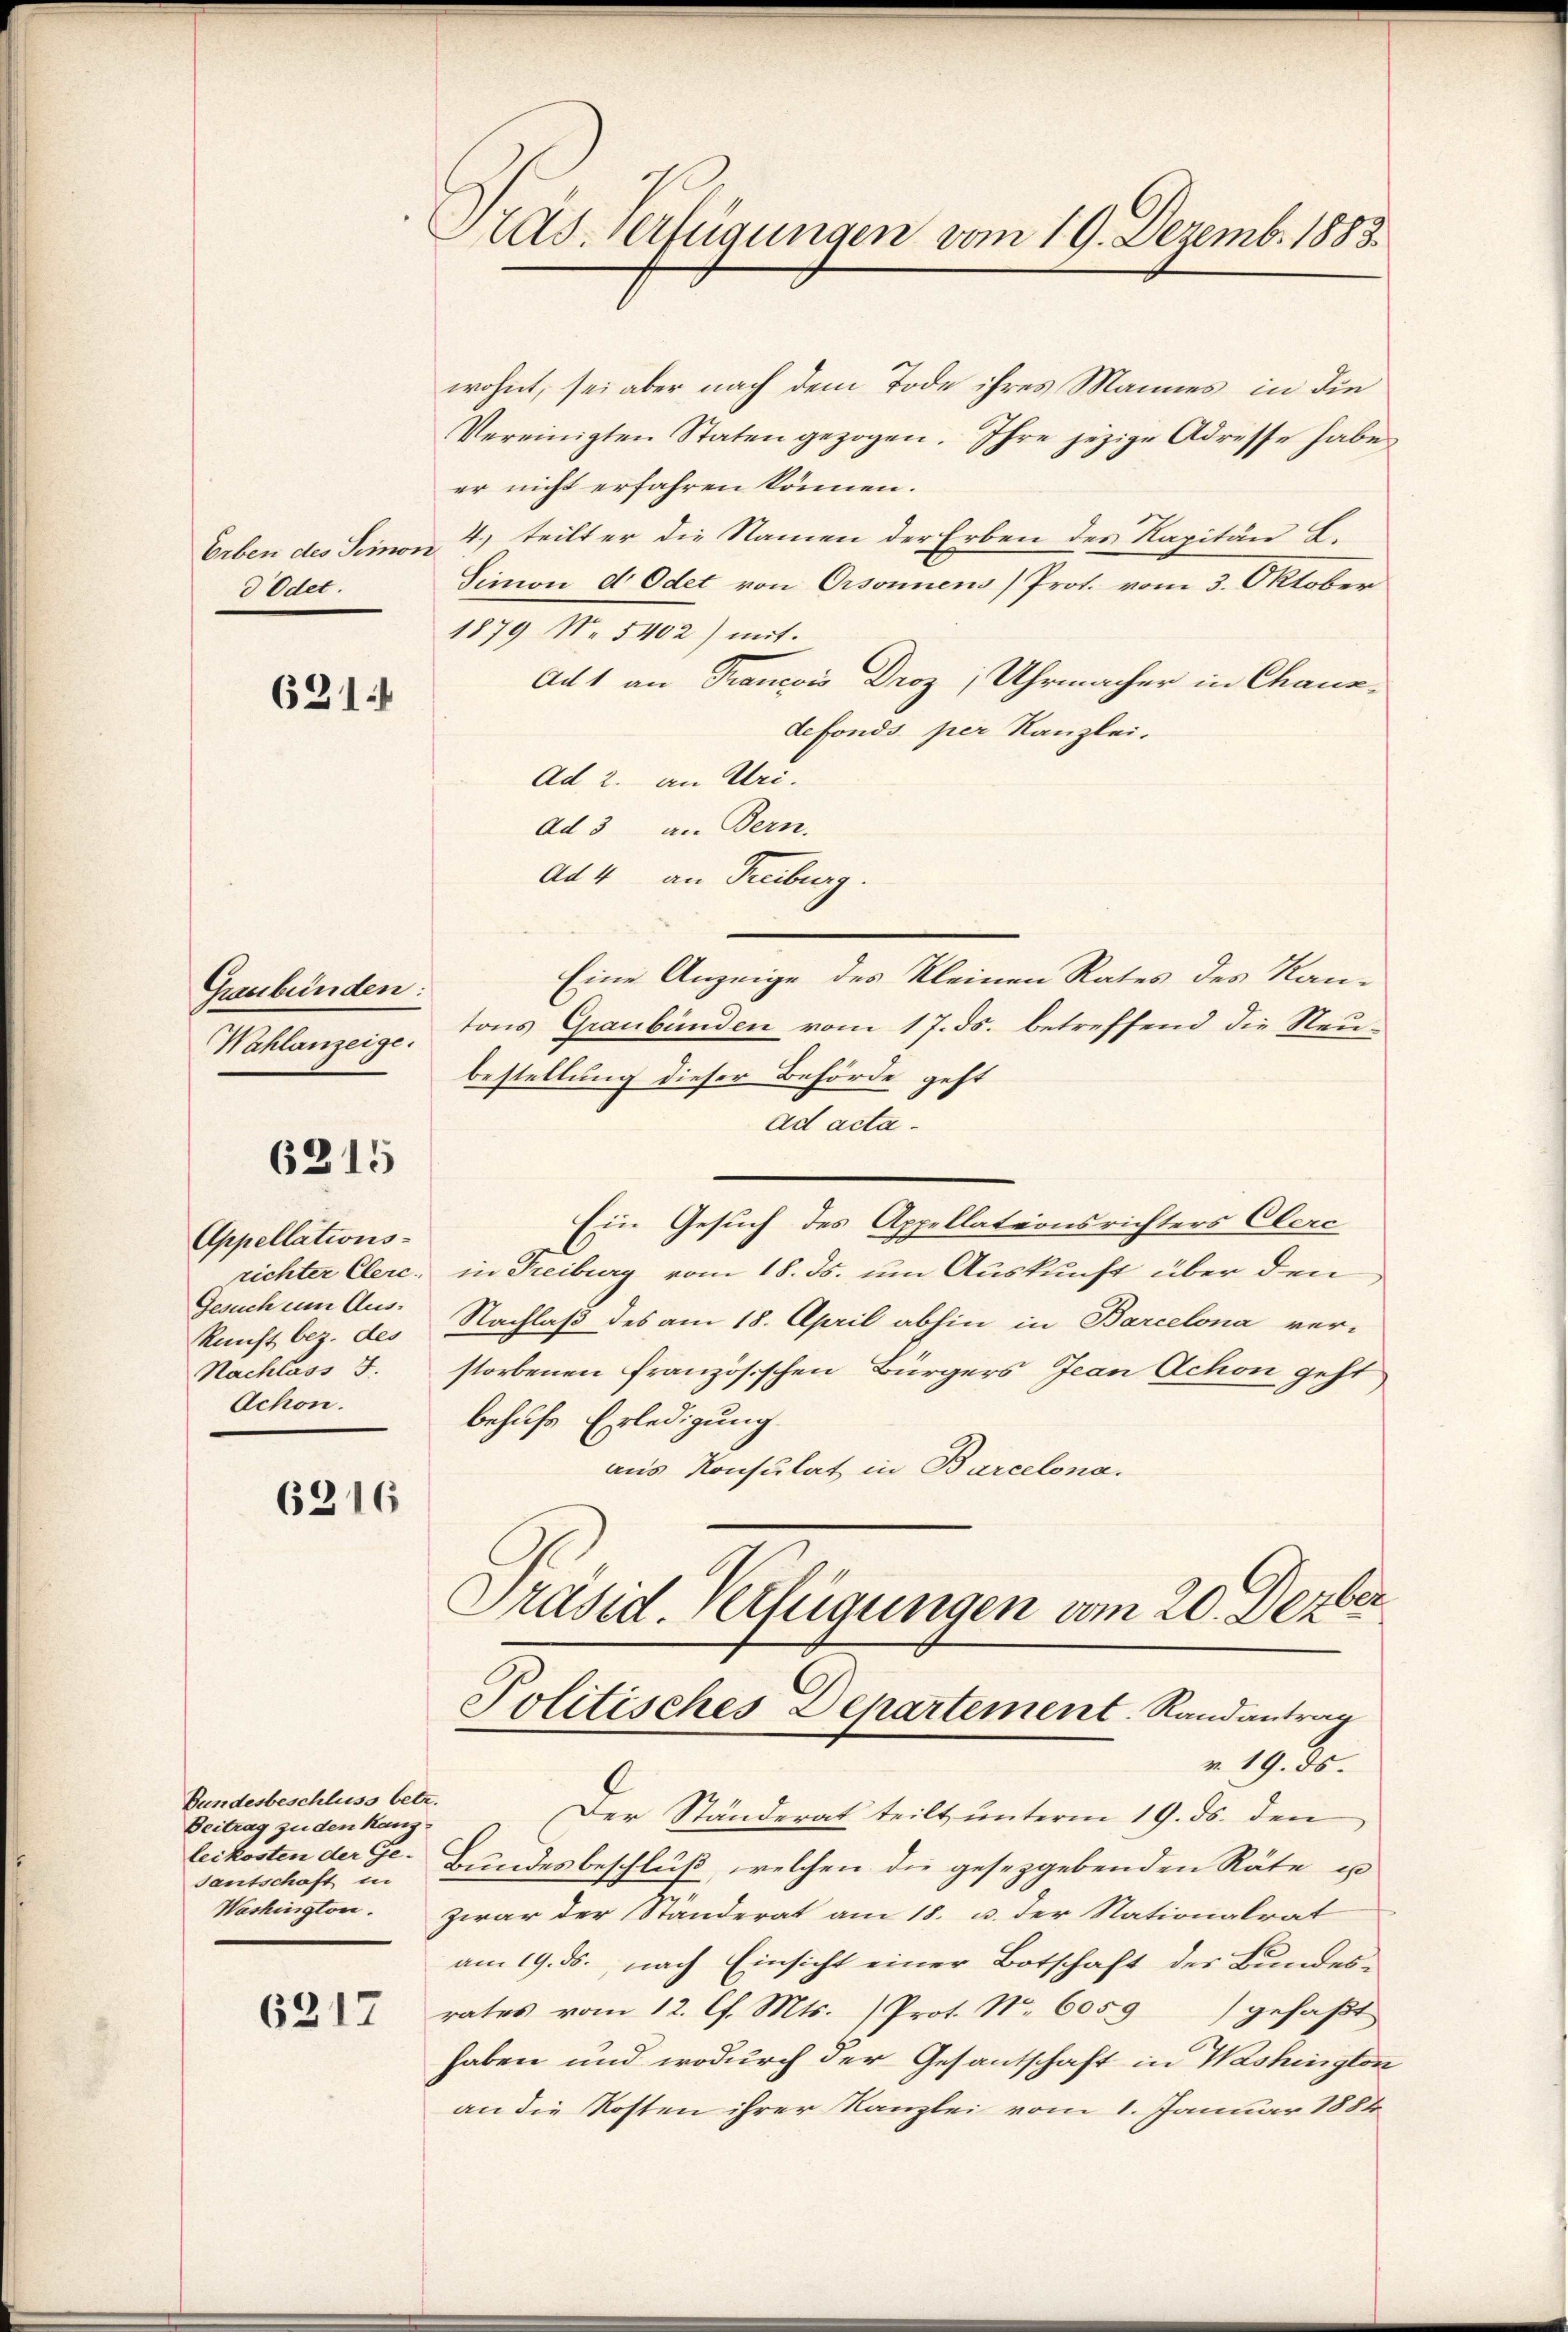
d Odet.

621.

Graubünden:
Wahlanzeige.

6315

Appellations-
richter Clerc.
Gesuch um Aus-
kunft bez. des
Nachlass J.
Ochon.

6216

Bundesbeschluss betr.
Beitrag zu den Kanzleikosten der Ge-
santschaft in

6317

Pasverfügungen vom 19. Dezemb. 1883.

wohnt, sei aber nach dem Tode ihres Mannes, in die
Vereinigten Staten gezogen. Ihre jezige Adresse habe
er nicht erfahren können.
Erben des Simon 4) teilt er die Namen der Erben des Kapitän L.
Simon d Odet von Orsonnens) Prot. vom 3. Oktober
1879 No 5402) mit
Ad 1 an Francois Droz; Uhrmacher in Chanadefonds per Kanzlei.
Ad 2. an Uri.
ad 3 an Bern.
Ad 4 an Freiburg.
Eine Anzeige des Kleinen Rates des Kan-
tons Graubünden vom 17. ds. betreffend die Neubestellung dieser Behörde geht
ad acta¬
Ein Gesuch des Appellationsrichters Clerc
in Freiburg vom 18. ds. um Auskunft über den
Nachlaß des am 18. April abhin in Barcelona ver-
storbenen französischen Bürgers Jean Schon geht
behufs Erledigung
aus Konsulat in Barcelona.
.
Präsid. Verfügungen vom 20. Dezbr.
Politisches Departement Randantrag

v. 19. ds.

Der Ständerat teilt unterm 19. ds. den
Bundesbeschluß, welchen die gesetzgebenden Räte es
Washington. Zwar der Ständerat am 18. u. der Nationalrat
am 19. ds., nach Einsicht einer Botschaft des Bundesrates vom 12. l. Mts. (Prot. N. 6059) gefaβt
haben und wodurch der Gesantschaft in Washington
an die Kosten ihrer Kanzlei vom 1. Januar 1884